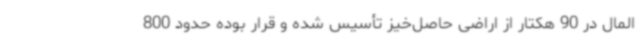
‌المال در 90 هکتار از اراضی حاصل‌خیز تأسیس شده و قرار بوده حدود 800